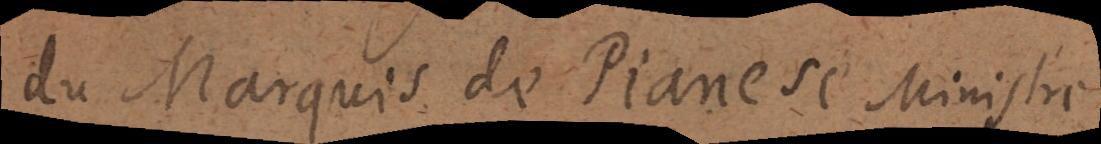
du Marquis de Pianese Ministre